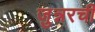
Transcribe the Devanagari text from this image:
जुन्नरची